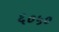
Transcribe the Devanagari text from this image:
६०५०